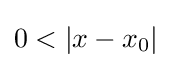
0<|x-x_{0}|